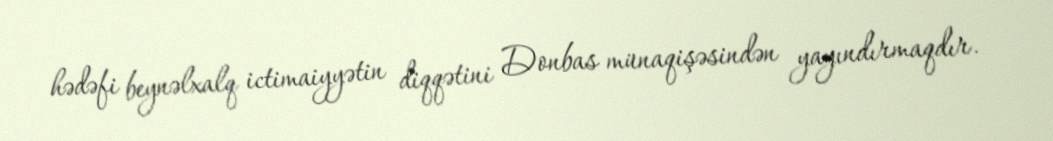
hədəfi beynəlxalq ictimaiyyətin diqqətini Donbas münaqişəsindən yayındırmaqdır.